Report on the lunatic asylums under the Government of Bombay - 1904-1913
Year: 1904
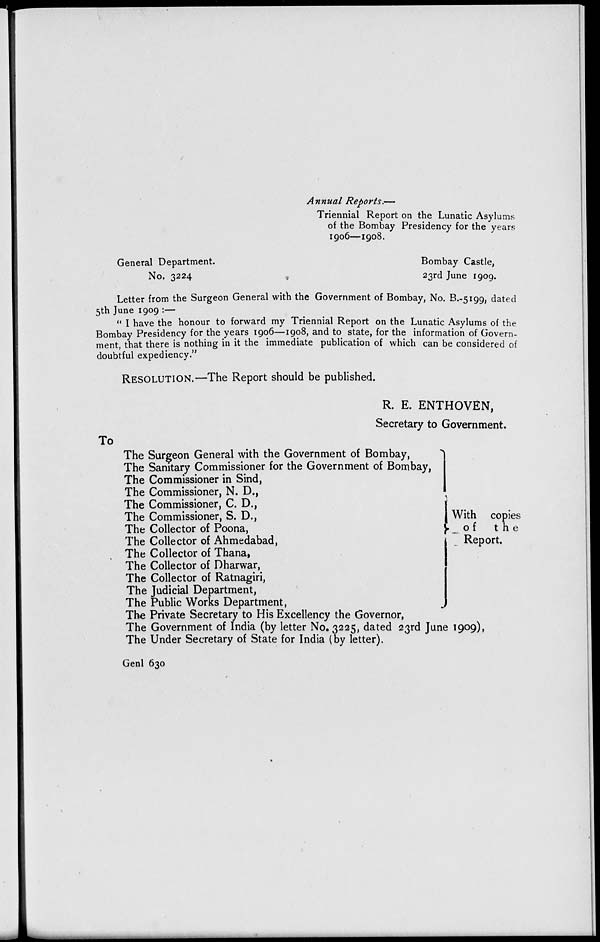
Annual Reports.—
Triennial Report on the Lunatic Asylums
of the Bombay Presidency for the years
1906—1908.
General Department.
Bombay Castle,
No. 3224
23rd June 1909.
Letter from the Surgeon General with the Government of Bombay, No. B.-5199, dated
5th June 1909 :—
" I have the honour to forward my Triennial Report on the Lunatic Asylums of the
Bombay Presidency for the years 1906—1908, and to state, for the information of Govern-
ment, that there is nothing in it the immediate publication of which can be considered of
doubtful expediency."
RESOLUTION.—The Report should be published.
R. E. ENTHOVEN,
Secretary to Government.
To
The Surgeon General with the Government of Bombay,
The Sanitary Commissioner for the Government of Bombay,
The Commissioner in Sind,
The Commissioner, N. D.,
The Commissioner, C. D.,
The Commissioner, S. D.,
The Collector of Poona,
The Collector of Ahmedabad,
The Collector of Thana,
The Collector of Dharwar,
The Collector of Ratnagiri,
The Judicial Department,
The Public Works Department,
With copies
of
the
Report.
The Private Secretary to His Excellency the Governor,
The Government of India (by letter No. 3225, dated 23rd June 1909),
The Under Secretary of State for India (by letter).
Genl 630